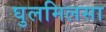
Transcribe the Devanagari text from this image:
घुलमिलसा